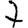
Digit: 7